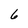
Character: 6